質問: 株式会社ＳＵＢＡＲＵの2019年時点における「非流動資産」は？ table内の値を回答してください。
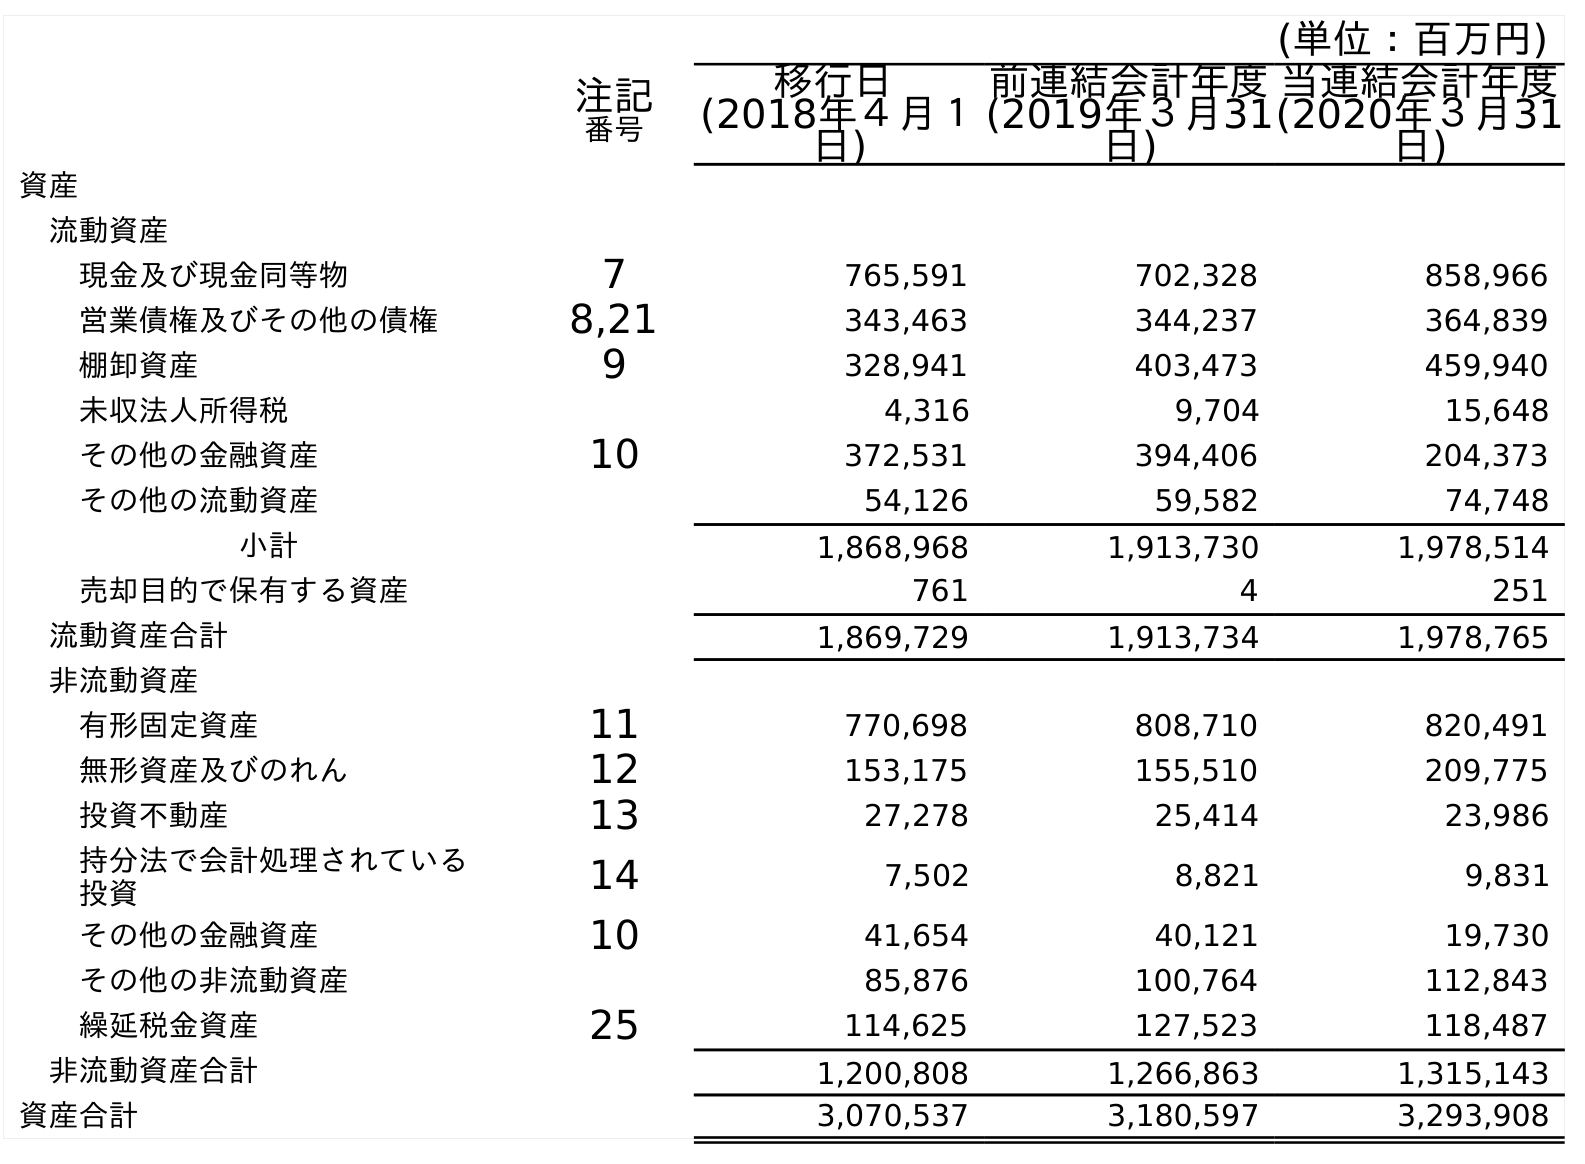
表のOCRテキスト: (単位：百万円) 注記 番号 移行日 (2018年４月１ 日) 前連結会計年度 (2019年３月31 日) 当連結会計年度 (2020年３月31 日) 資産 流動資産 現金及び現金同等物 7 765,591 702,328 858,966 営業債権及びその他の債権 8,21 343,463 344,237 364,839 棚卸資産 9 328,941 403,473 459,940 未収法人所得税 4,316 9,704 15,648 その他の金融資産 10 372,531 394,406 204,373 その他の流動資産 54,126 59,582 74,748 小計 1,868,968 1,913,730 1,978,514 売却目的で保有する資産 761 4 251 流動資産合計 1,869,729 1,913,734 1,978,765 非流動資産 有形固定資産 11 770,698 808,710 820,491 無形資産及びのれん 12 153,175 155,510 209,775 投資不動産 13 27,278 25,414 23,986 持分法で会計処理されている 投資 14 7,502 8,821 9,831 その他の金融資産 10 41,654 40,121 19,730 その他の非流動資産 85,876 100,764 112,843 繰延税金資産 25 114,625 127,523 118,487 非流動資産合計 1,200,808 1,266,863 1,315,143 資産合計 3,070,537 3,180,597 3,293,908
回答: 1,266,863